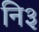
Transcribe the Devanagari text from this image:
नि३